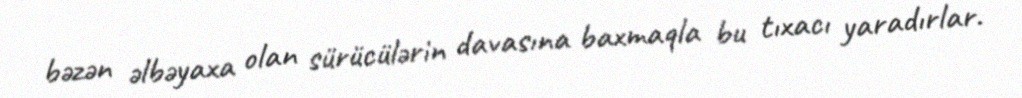
bəzən əlbəyaxa olan sürücülərin davasına baxmaqla bu tıxacı yaradırlar.